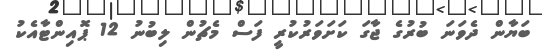
ބަޔާން ދެވަނަ ބުރުގެ ޖާގަ ކަށަވަރުކުރީ ފަސް މެޗުން ލިބުނު 12 ޕޮއިންޓާއެކު